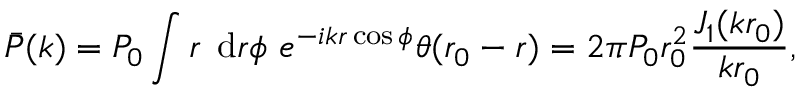
\bar { P } ( k ) = P _ { 0 } \int r \; \ensuremath { \operatorname { d } \! { } r \d { } } \phi \ e ^ { - i k r \cos \phi } \theta ( r _ { 0 } - r ) = 2 \pi P _ { 0 } r _ { 0 } ^ { 2 } \frac { J _ { 1 } ( k r _ { 0 } ) } { k r _ { 0 } } ,